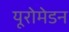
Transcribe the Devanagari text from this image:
यूरोमेडन